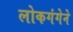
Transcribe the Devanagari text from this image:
लोकगंगेने